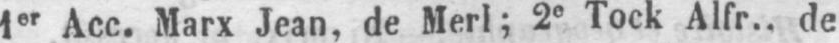
1er Acc. Marx Jean, de Merl; 2e Tock Alfr.. de